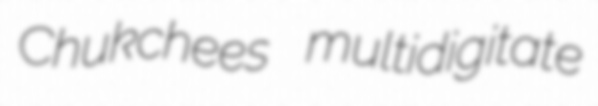
Chukchees multidigitate